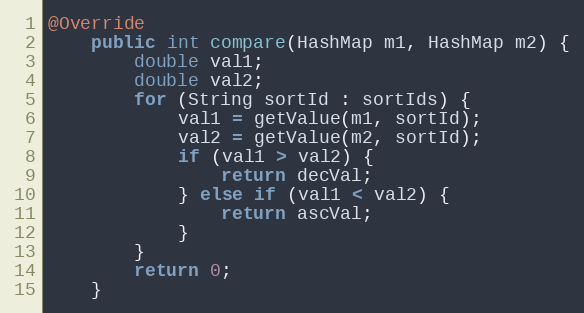
Language: Java
@Override
    public int compare(HashMap m1, HashMap m2) {
        double val1;
        double val2;
        for (String sortId : sortIds) {
            val1 = getValue(m1, sortId);
            val2 = getValue(m2, sortId);
            if (val1 > val2) {
                return decVal;
            } else if (val1 < val2) {
                return ascVal;
            }
        }
        return 0;
    }